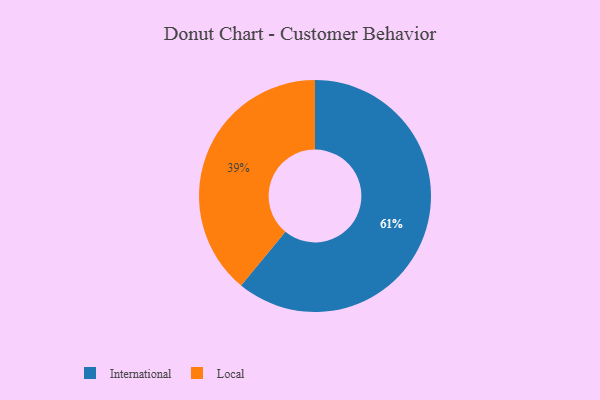
{"axis": {"x": "Category", "y": "Percentage"}, "legend": ["International", "Local"], "data": [{"x": "Local", "y": 39, "type": "Local"}, {"x": "International", "y": 61, "type": "International"}]}